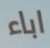
اباء